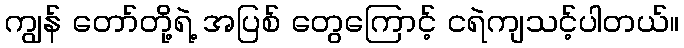
ကျွန် တော်တို့ရဲ့ အပြစ် တွေကြောင့် ငရဲကျသင့်ပါတယ်။